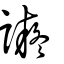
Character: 譺